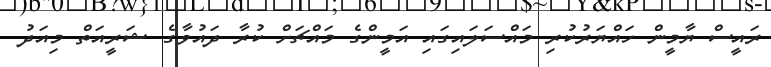
ރައީސް ޔާމީން ހައްޔަރުކުރި މައްސަލައިގައި އަމީންގެ މައްޗަށް ކުރާ ދައުވާގެ ޝަރީއަތް މިއަދު